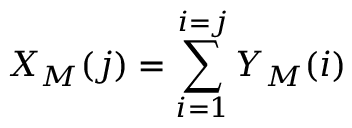
X _ { M } ( j ) = \sum _ { i = 1 } ^ { i = j } Y _ { M } ( i )